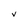
Character: v